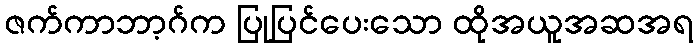
ဇက်ကာဘာ့ဂ်က ပြုပြင်ပေးသော ထိုအယူအဆအရ